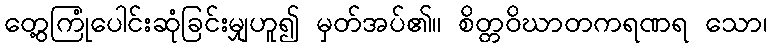
တွေ့ကြုံပေါင်းဆုံခြင်းမျှဟူ၍ မှတ်အပ်၏။ စိတ္တဝိဃာတကရဏရ သော၊